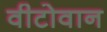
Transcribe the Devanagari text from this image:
वीटोवान